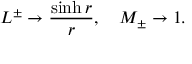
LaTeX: L ^ { \pm } \rightarrow \frac { \sinh { r } } { r } , \quad M _ { \pm } \rightarrow 1 .